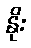
နိုး